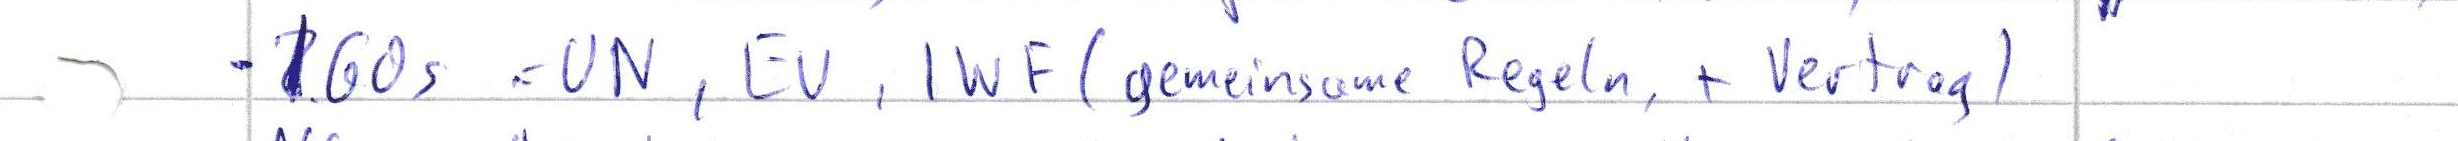
- GOs = UN, EU, IWF (gemeinsame Regeln, + Vertrag)